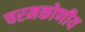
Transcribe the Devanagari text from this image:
चरमकोणीय